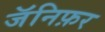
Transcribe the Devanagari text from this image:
जॅनिफ़र